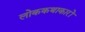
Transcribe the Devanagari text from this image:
लोककथाकारों